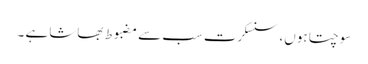
سوچتا ہوں، سنسکرت سب سے مضبوط بھاشا ہے ۔